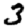
Digit: 3